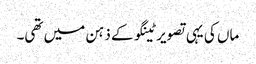
ماں کی یہی تصویر ٹینگو کے ذہن میں تھی۔